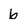
Character: b